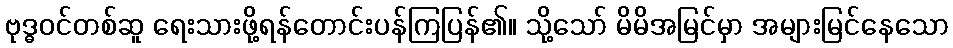
ဗုဒ္ဓဝင်တစ်ဆူ ရေးသားဖို့ရန်တောင်းပန်ကြပြန်၏။ သို့သော် မိမိအမြင်မှာ အများမြင်နေသော